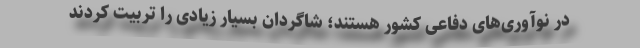
در نوآوری‌های دفاعی کشور هستند؛ شاگردان بسیار زیادی را تربیت کردند